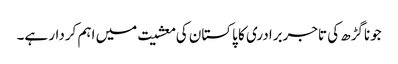
جوناگڑھ کی تاجربرادری کا پاکستان کی معشیت میں اہم کردار ہے۔